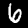
Digit: 6